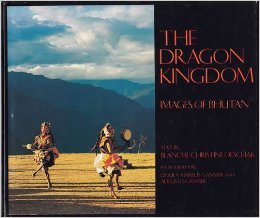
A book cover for The Dragon Kingdom : Images of Bhutan; Blanche Christine Olschak; Travel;